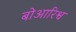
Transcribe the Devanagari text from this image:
बोआरिश्व